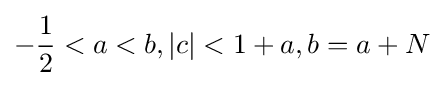
-{\frac {1}{2}}<a<b,|c|<1+a,b=a+N